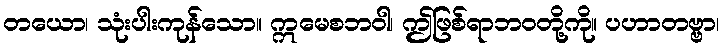
တယော၊ သုံးပါးကုန်သော။ ဣမေစဘဝါ၊ ဤဖြစ်ရာဘဝတို့ကို။ ပဟာတဗ္ဗာ၊